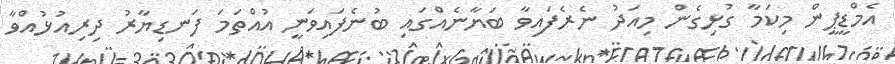
އެމްޑީޕީން މިކަމާ ގުޅިގެން މިއަދު ނެރެފައިވާ ބަޔާނެއްގައި ބުނެފައިވަނީ އުއްތަމަ ފަނޑިޔާރު ދިރިއުޅުއްވާ